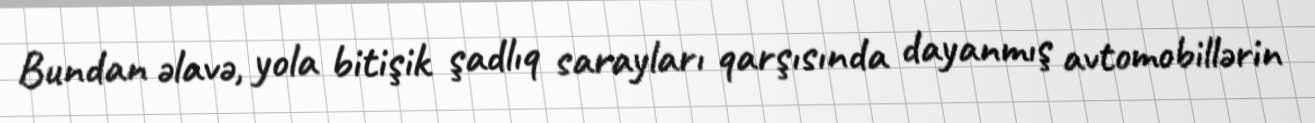
Bundan əlavə, yola bitişik şadlıq sarayları qarşısında dayanmış avtomobillərin